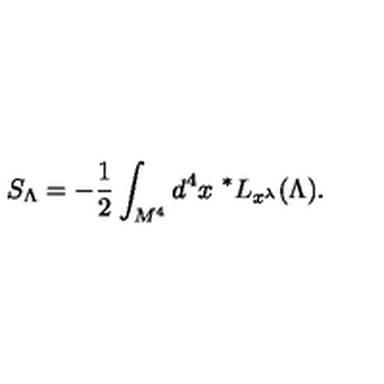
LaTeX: S _ { \Lambda } = - { \frac { 1 } { 2 } } \int _ { M ^ { 4 } } d ^ { 4 } x \ ^ { * } L _ { x ^ { \lambda } } ( \Lambda ) .